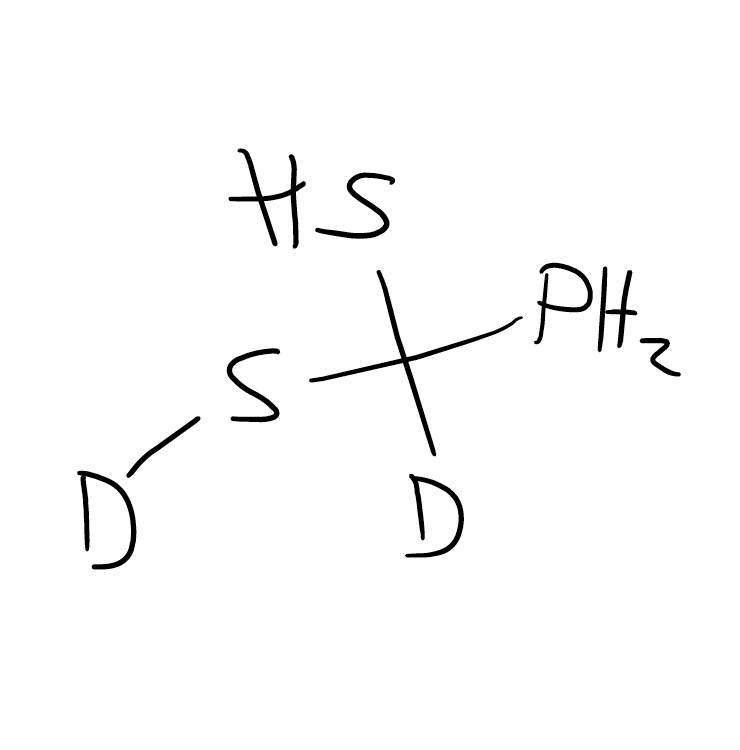
Simplified molecular-input line-entry system (SMILES) notation of the given molecule:
[2H]C(P)(S)S[2H]